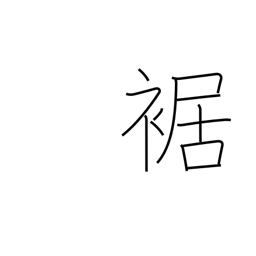
Meaning: cuff